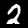
Digit: 2